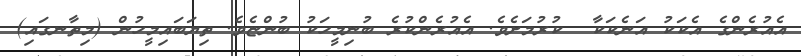
އެއުރެންގެ އެކަކު އަނެކަކާ  ކުރުމަށެވެ. އެއުރެންކުރެ ބުނިމީހަކު ބުންޏެވެ. ތިޔަބައިމީހުން (މިތާނގައި)